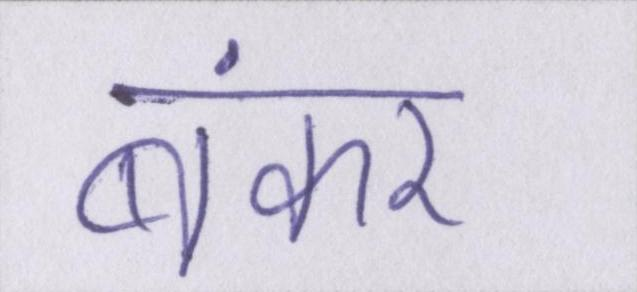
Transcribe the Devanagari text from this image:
बंकर